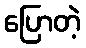
ပြောတဲ့